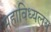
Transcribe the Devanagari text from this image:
महाविध्यलय